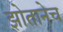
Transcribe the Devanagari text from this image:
झोतानेच